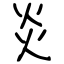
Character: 炎